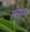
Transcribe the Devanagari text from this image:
फोप्प